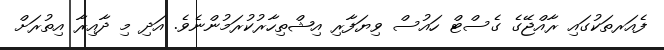
ފެއަރތަކުގައި ރާއްޖޭގެ ގެސްޓް ހައުސް ވިޔަފާރި އިޝްތިހާރުކުރަމުންނެވެ. އަދި މި ދާއިރާ އިތުރަށް